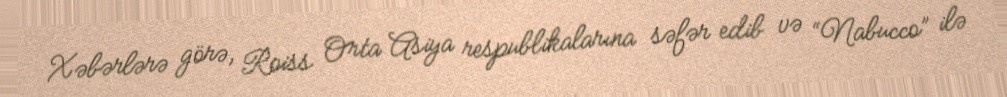
Xəbərlərə görə, Roiss Orta Asiya respublikalarına səfər edib və “Nabucco” ilə